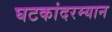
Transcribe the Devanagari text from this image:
घटकांदरम्यान